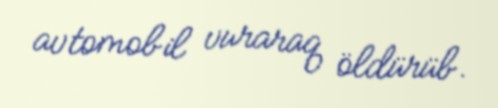
avtomobil vuraraq öldürüb.